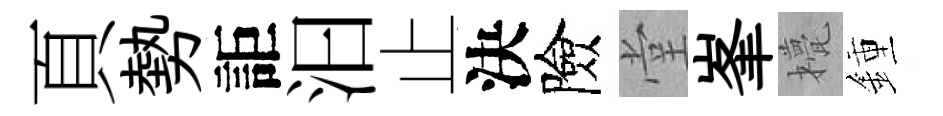
頁勢詎汩止決險堂峯甍鍾